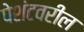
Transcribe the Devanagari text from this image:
पेशंटवरील